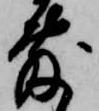
敷